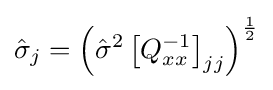
{\hat {\sigma }}_{j}=\left({\hat {\sigma }}^{2}\left[Q_{xx}^{-1}\right]_{jj}\right)^{\frac {1}{2}}